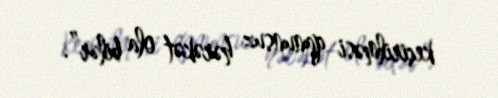
keçirilməsi qanunsuz hərəkət ola bilər”.